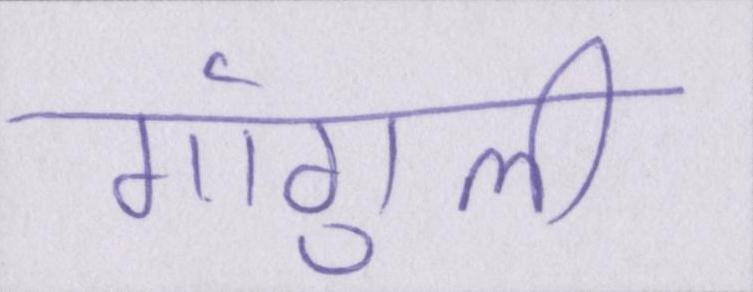
गांगुली